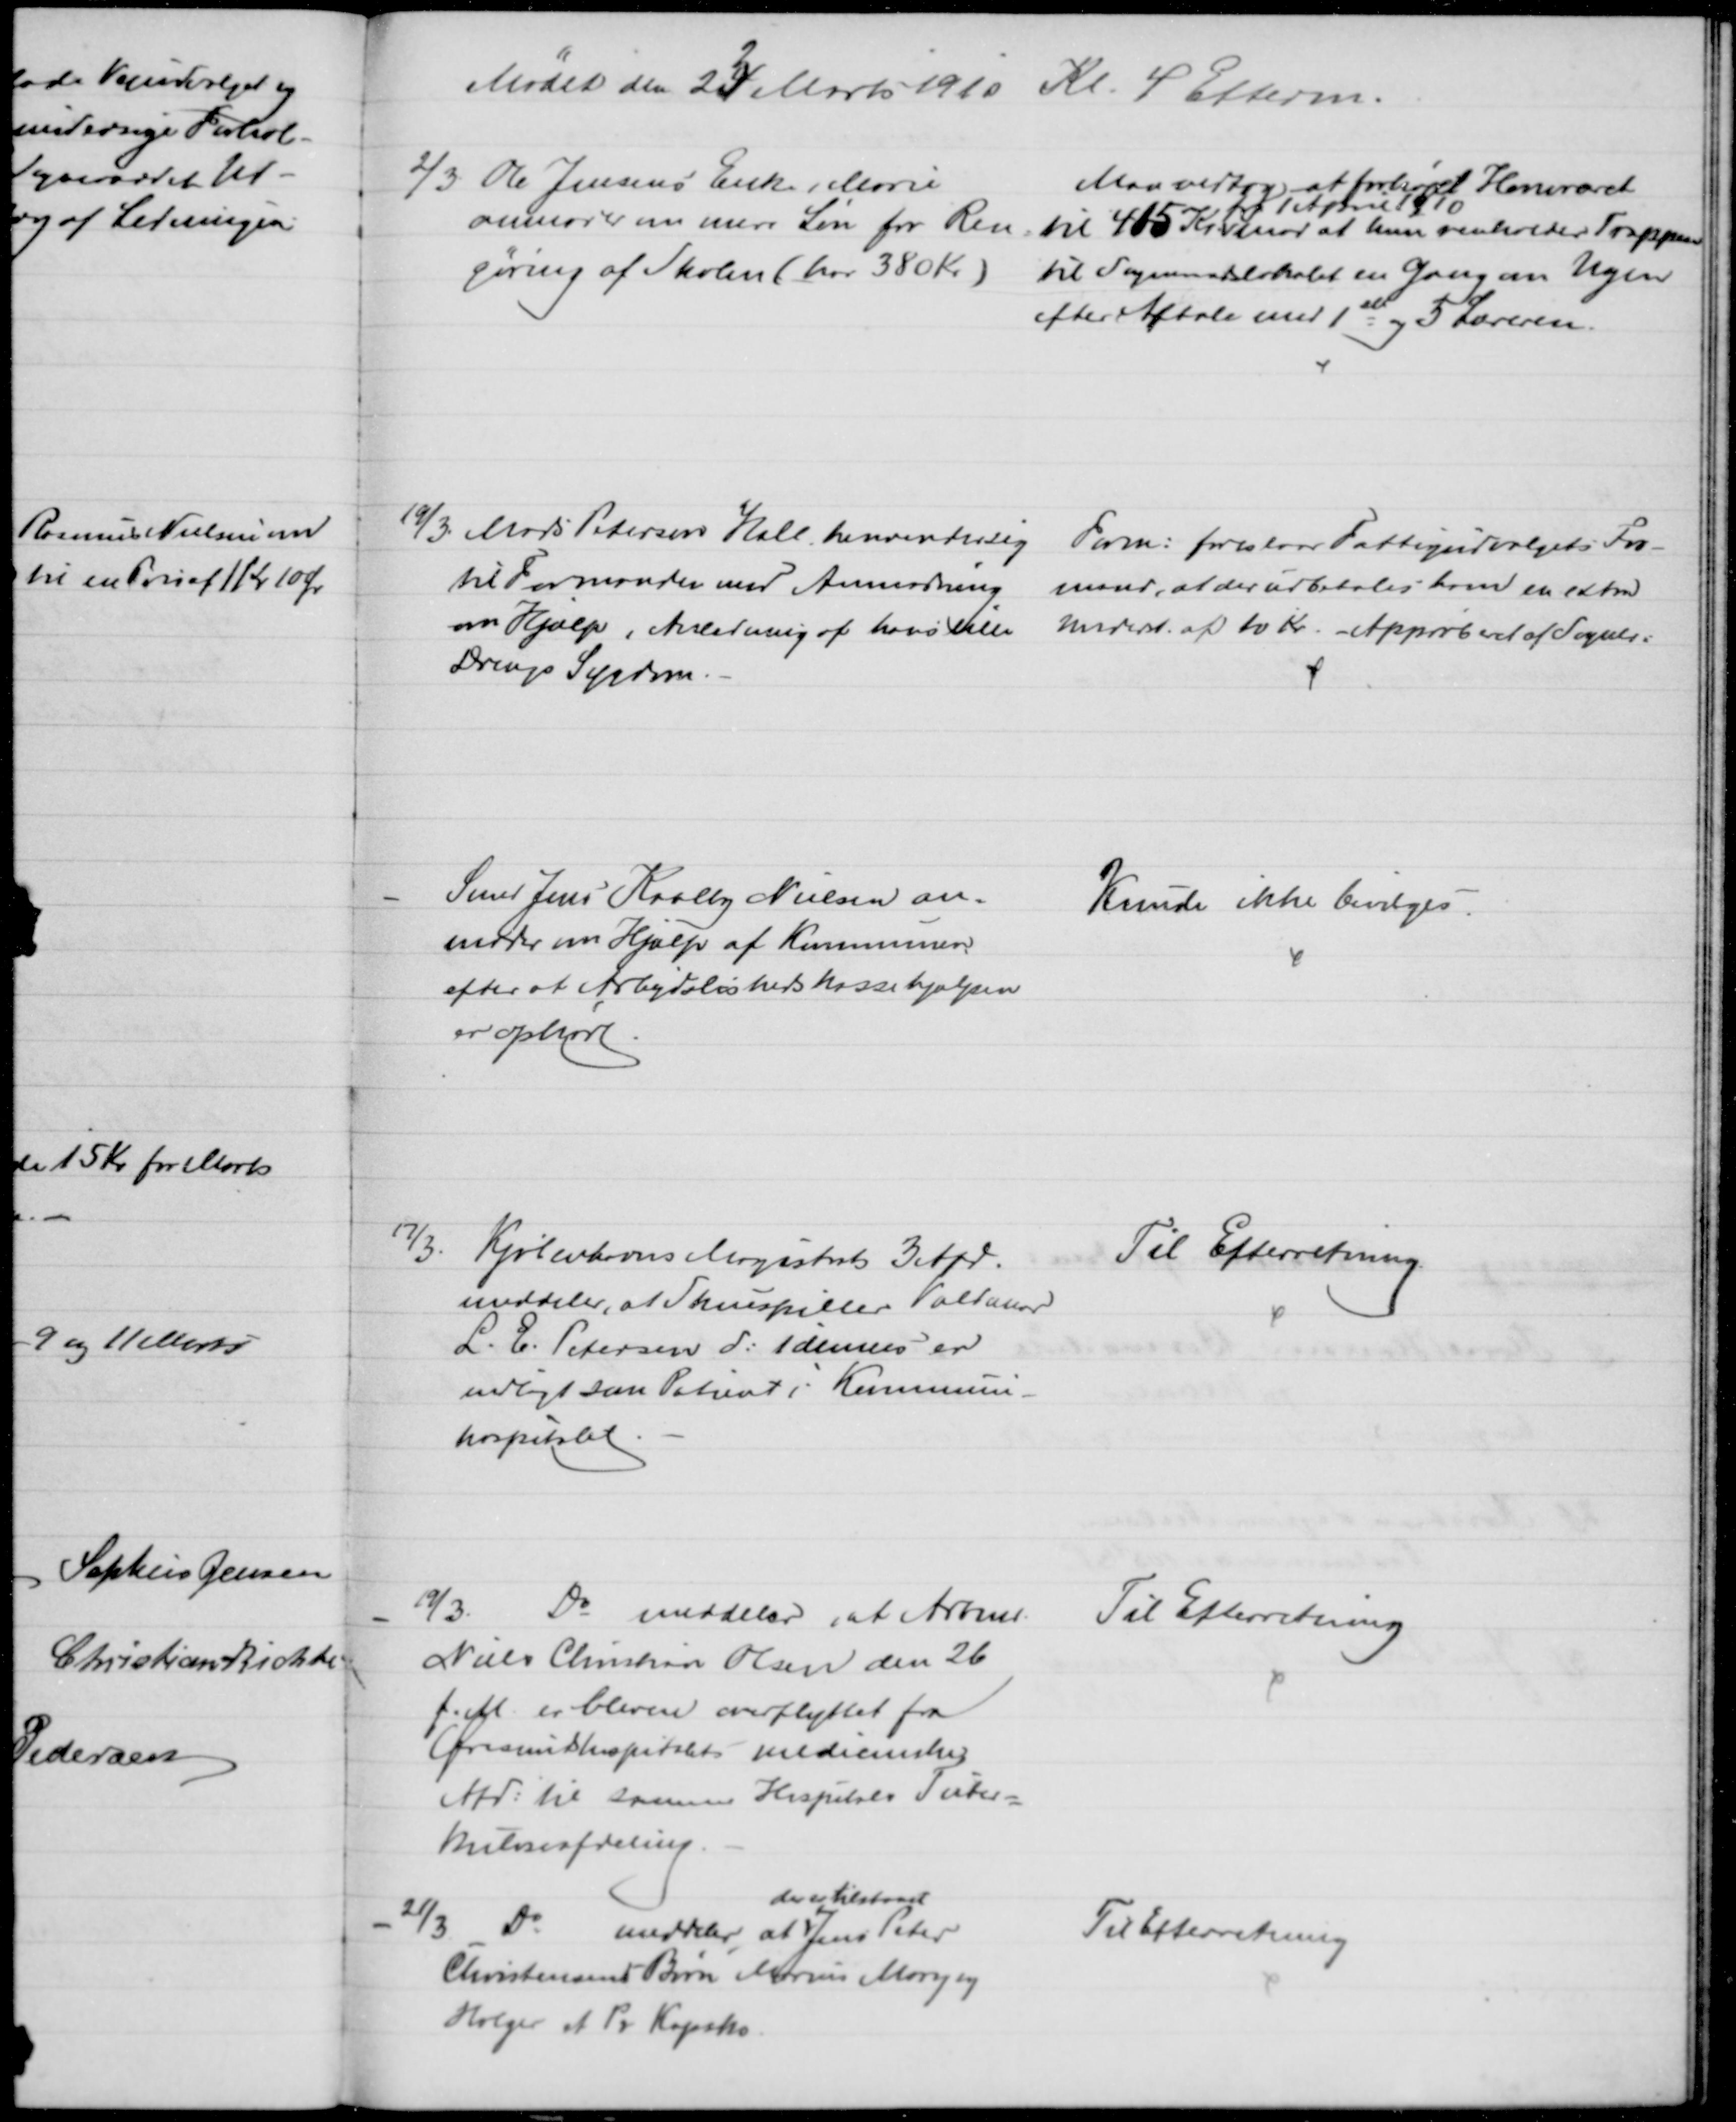
Transskription:
Mødet den 24 
2
Marts 1910 Kl. 4 Efterm.
2/3 Ole Jensens Enke Marie
anmoder om mere Løn for Ren=
gøring af Skolen (har 380 Kr)
Man vedtog at forhøjet Honoraret
til 415 Kr. 
fra 1 April 1910
mod at hun renholder Trappen
til Sogneraadslokalet en Gang om Ugen
efter Aftale med 1ste og 3 Læreren.
19/3. Mads Petersen Hall, henvender sig
til Formanden med Anmodning
om Hjælp i Anledning af hans lille
Drengs Sygdom.
Form: foreslaar Fattigudvalgets For-
mand, at der udbetales ham en extra
Underst. af 10 kr. - Approberet af Sogner:
Smed Jens Kaalby Nielsen an-
moder om Hjælp af Kommunen
efter at Arbejdsløshedskassehjælpen
er ophørt
Kunde ikke bevilges
17/3.
Kjøbenhavns Magistrat 3 Afd.
meddeler, at Skuespiller Valdemar
L. E. Petersen d: 1 dennes er
indlagt som Patient i Kommune-
hospitalet
Til Efterretning
19/3.
Do meddeler, at Arbmd.
Niels Christian Olsen den 26
f.M. er bleven overflyttet fra
Øresundshospitalets medicinske
Afd: til samme Hospitals Tuber-
kuloseafdeling.
Til Efterretning
21/3 
Do
meddeler at 
der er tilstaaet
Jens Peter
Christensens Børn Marius Mary og
Holger et Pr Kapsko
Til Efterretning